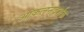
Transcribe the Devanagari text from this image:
आकलनदर्शक